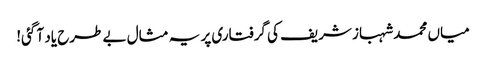
میاں محمد شہباز شریف کی گرفتاری پر یہ مثال بے طرح یاد آ گئی!